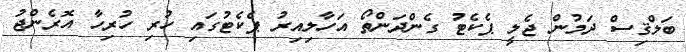
ބަލްޤިސް ދަމުން ޖެލީ ޕެކެޓު ގެންދަންތޯ އަހާލިއިރު ޕެކެޓުގައި ހުރި ހުރިހާ އޮރެންޖު